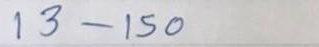
13 - 50